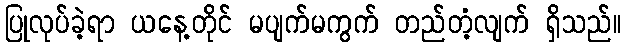
ပြုလုပ်ခဲ့ရာ ယနေ့တိုင် မပျက်မကွက် တည်တံ့လျက် ရှိသည်။